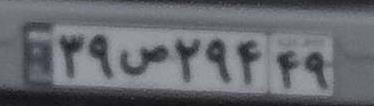
۳۹ص۲۹۴۴۹